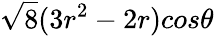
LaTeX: \sqrt 8(3r^{2}-2r)cos\theta